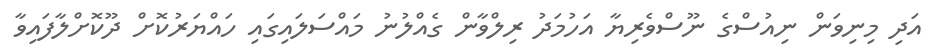
އަދި މިނިވަން ނިއުސްގެ ނޫސްވެރިޔާ އަހުމަދު ރިލްވާން ގެއްލުނު މައްސަލައިގައި ހައްޔަރުކޮށް ދޫކޮށްލާފައިވާ